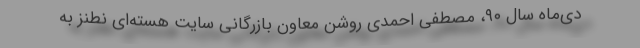
دی‌ماه سال ۹۰، مصطفی احمدی روشن معاون بازرگانی سایت هسته‌ای نطنز به